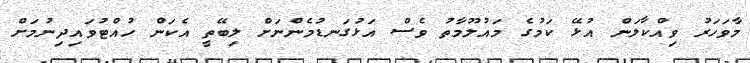
މާވަހަރު ވިއްކާލަން އުޅޭ ކަމުގެ މައުލޫމާތު ވެސް އަޅުގަނޑުމެންނަށް ލިބޭތީ އެކަން ހުއްޓުވައިދިނުމަށް